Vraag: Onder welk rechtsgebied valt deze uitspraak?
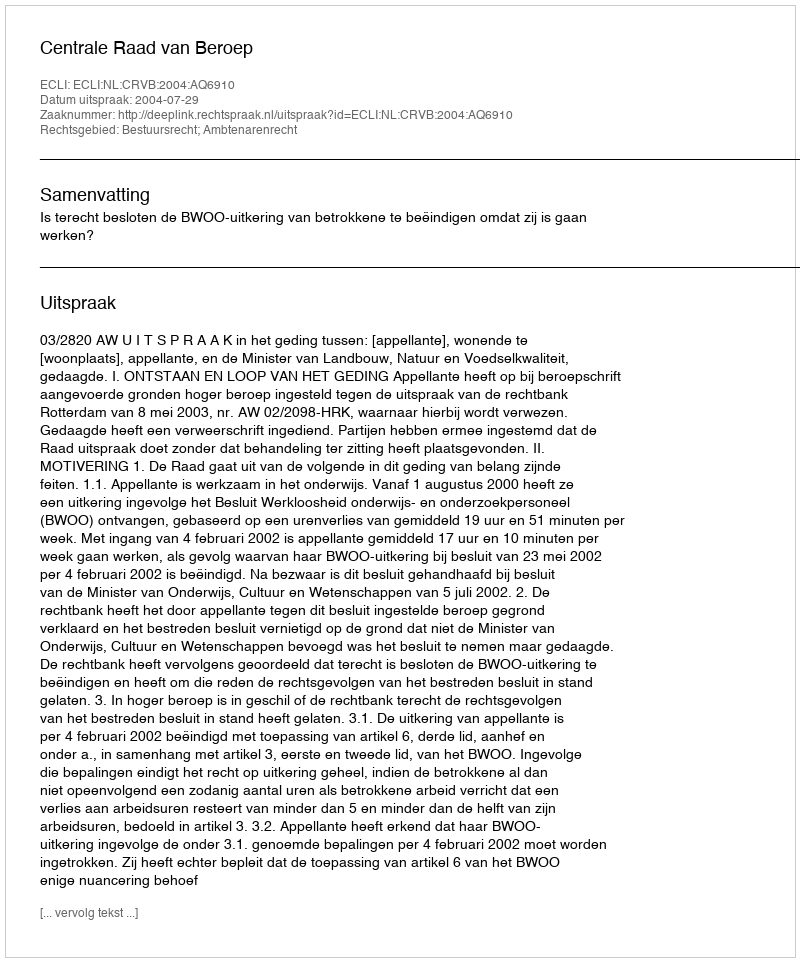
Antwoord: Bestuursrecht; Ambtenarenrecht